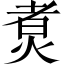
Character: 煑